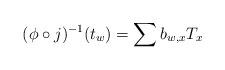
LaTeX: \begin{align*}(\phi\circ j)^{-1}(t_w)=\sum b_{w,x} T_x\end{align*}